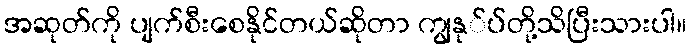
အဆုတ်ကို ပျက်စီးစေနိုင်တယ်ဆိုတာ ကျွနု်ပ်တို့သိပြီးသားပါ။